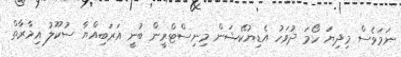
ނަމަވެސް މިދިޔަ ހޯމަ ދުވަހު އެޑިޔުކޭޝަން މިނިސްޓްރީން ބުނީ އަރަބިއްޔާ ސުކޫލު އިމާރާތް